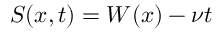
S ( x , t ) = W ( x ) - \nu t